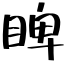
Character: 睥